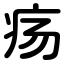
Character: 疡